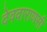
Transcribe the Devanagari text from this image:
देववाराणसी